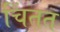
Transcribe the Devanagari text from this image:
चिंतत